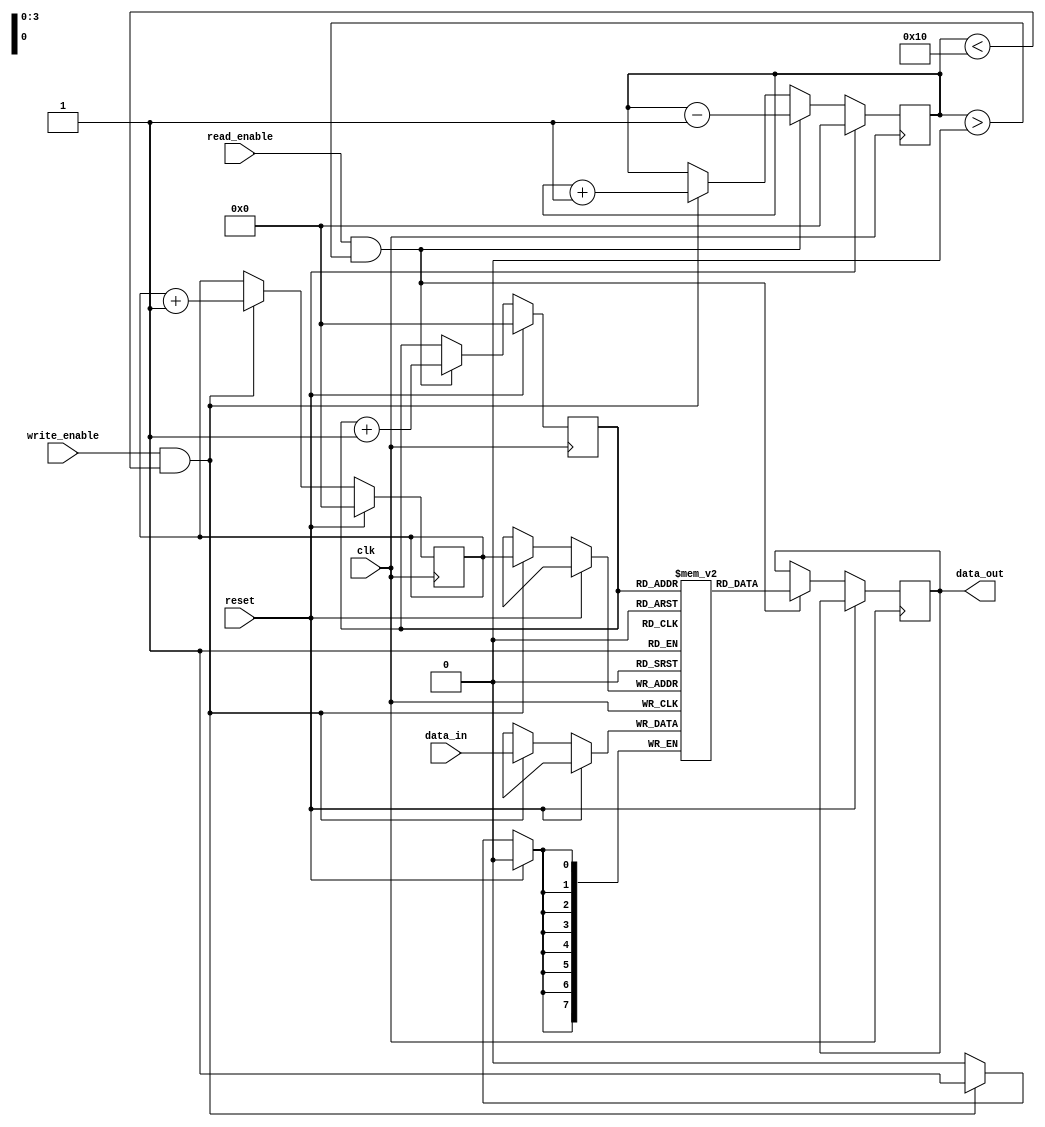
module FIFO (
    input wire clk,
    input wire reset,
    input wire write_enable,
    input wire read_enable,
    input wire [7:0] data_in,
    output reg [7:0] data_out
);

reg [7:0] memory [0:15]; // 16 memory elements to store data
reg [3:0] write_pointer;
reg [3:0] read_pointer;
reg [3:0] data_count;

always @ (posedge clk) begin
    if (reset) begin
        write_pointer <= 0;
        read_pointer <= 0;
        data_count <= 0;
    end else begin
        if (write_enable && data_count < 16) begin
            memory[write_pointer] <= data_in;
            write_pointer <= write_pointer + 1;
            data_count <= data_count + 1;
        end
        
        if (read_enable && data_count > 0) begin
            data_out <= memory[read_pointer];
            read_pointer <= read_pointer + 1;
            data_count <= data_count - 1;
        end
    end
end

endmodule